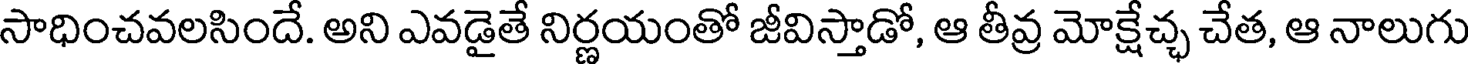
సాధించవలసిందే. అని ఎవడైతే నిర్ణయంతో జీవిస్తాడో, ఆ తీవ్ర మోక్షేచ్ఛ చేత, ఆ నాలుగు